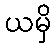
ယမှိ